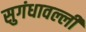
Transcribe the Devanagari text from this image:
सुगंधावल्ली